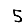
Digit: 5